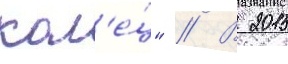
кол'е́ц" // В 2015